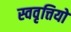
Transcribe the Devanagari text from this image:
स्ववृत्तियों